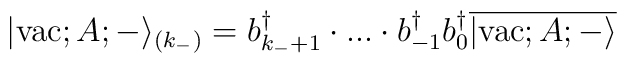
|{\rm vac}; A; - \rangle_{(k_{-})} =b_{k_{-}+1}^{\dagger}\cdot . . . \cdot b_{-1}^{\dagger} b_{0}^{\dagger}\overline{|{\rm vac};A;- \rangle}